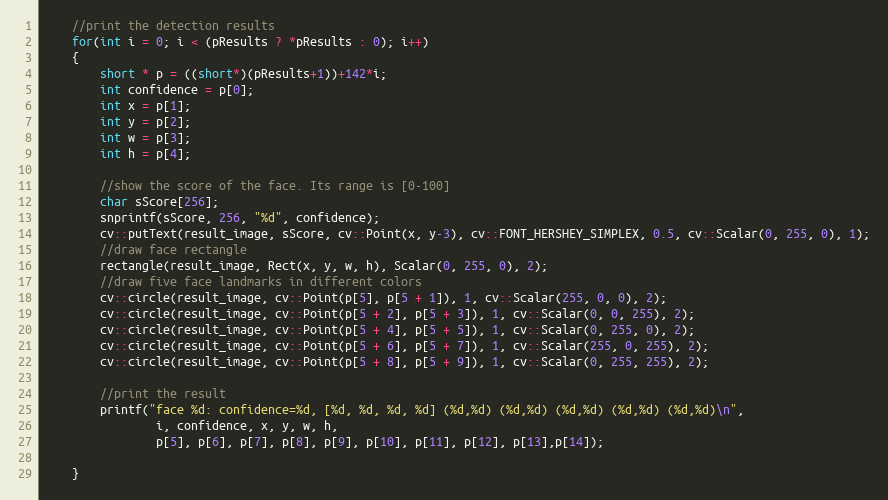
Language: C++
	//print the detection results
	for(int i = 0; i < (pResults ? *pResults : 0); i++)
	{
        short * p = ((short*)(pResults+1))+142*i;
		int confidence = p[0];
		int x = p[1];
		int y = p[2];
		int w = p[3];
		int h = p[4];

        //show the score of the face. Its range is [0-100]
        char sScore[256];
        snprintf(sScore, 256, "%d", confidence);
        cv::putText(result_image, sScore, cv::Point(x, y-3), cv::FONT_HERSHEY_SIMPLEX, 0.5, cv::Scalar(0, 255, 0), 1);
        //draw face rectangle
		rectangle(result_image, Rect(x, y, w, h), Scalar(0, 255, 0), 2);
        //draw five face landmarks in different colors
        cv::circle(result_image, cv::Point(p[5], p[5 + 1]), 1, cv::Scalar(255, 0, 0), 2);
        cv::circle(result_image, cv::Point(p[5 + 2], p[5 + 3]), 1, cv::Scalar(0, 0, 255), 2);
        cv::circle(result_image, cv::Point(p[5 + 4], p[5 + 5]), 1, cv::Scalar(0, 255, 0), 2);
        cv::circle(result_image, cv::Point(p[5 + 6], p[5 + 7]), 1, cv::Scalar(255, 0, 255), 2);
        cv::circle(result_image, cv::Point(p[5 + 8], p[5 + 9]), 1, cv::Scalar(0, 255, 255), 2);

        //print the result
        printf("face %d: confidence=%d, [%d, %d, %d, %d] (%d,%d) (%d,%d) (%d,%d) (%d,%d) (%d,%d)\n",
                i, confidence, x, y, w, h,
                p[5], p[6], p[7], p[8], p[9], p[10], p[11], p[12], p[13],p[14]);

	}